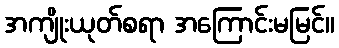
အကျိုးယုတ်စရာ အကြောင်းမမြင်။